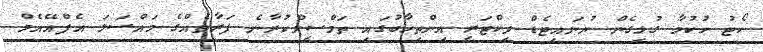
ކޯޓު ހުކުމާ ގުޅިގެން ޔުނައިޓެޑް ވިކްޓަރީ އިންތިހާބުގައި ތަމްސީލްކުރާނެ ފަރާތެއްގެ މައްސަލަ އެފްއޭއެމް